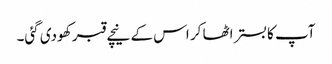
آپ کا بستر اٹھا کر اس کے نیچے قبر کھودی گئی۔